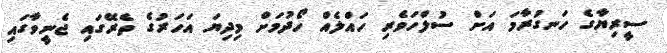
ސީރިޔާގެ ހަނގުރާމަ އަށް ސުލްހަވެރި ހައްލެއް ހޯދުމަށް މިދިޔަ އަހަރުގެ ތެރޭގައި ޖެނީވާގައި